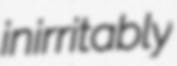
inirritably